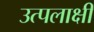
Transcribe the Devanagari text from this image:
उत्पलाक्षी